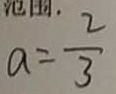
a = \frac { 2 } { 3 }